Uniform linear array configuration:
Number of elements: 16
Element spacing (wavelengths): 0.75
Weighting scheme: hann
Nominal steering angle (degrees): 30
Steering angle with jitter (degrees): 31.706
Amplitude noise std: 0.05
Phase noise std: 0.05

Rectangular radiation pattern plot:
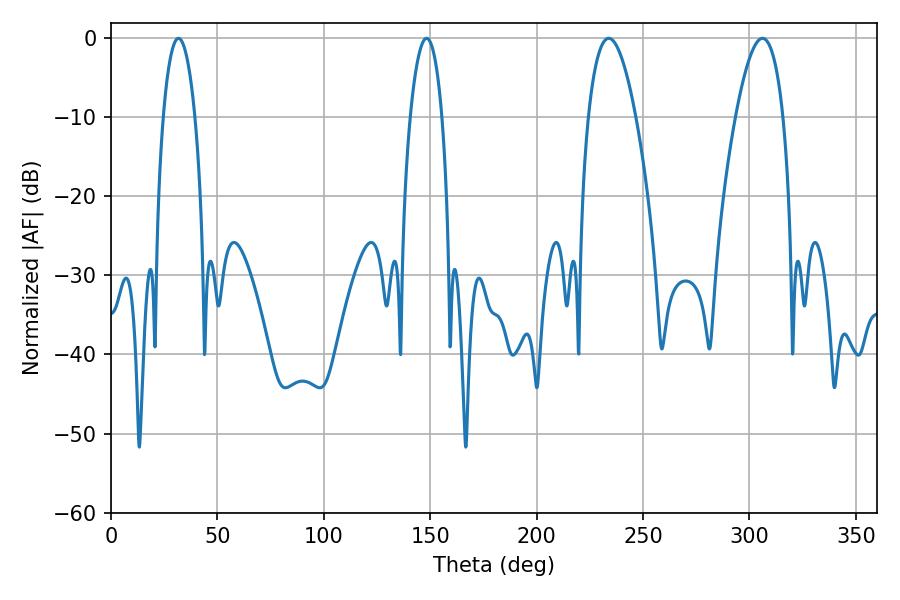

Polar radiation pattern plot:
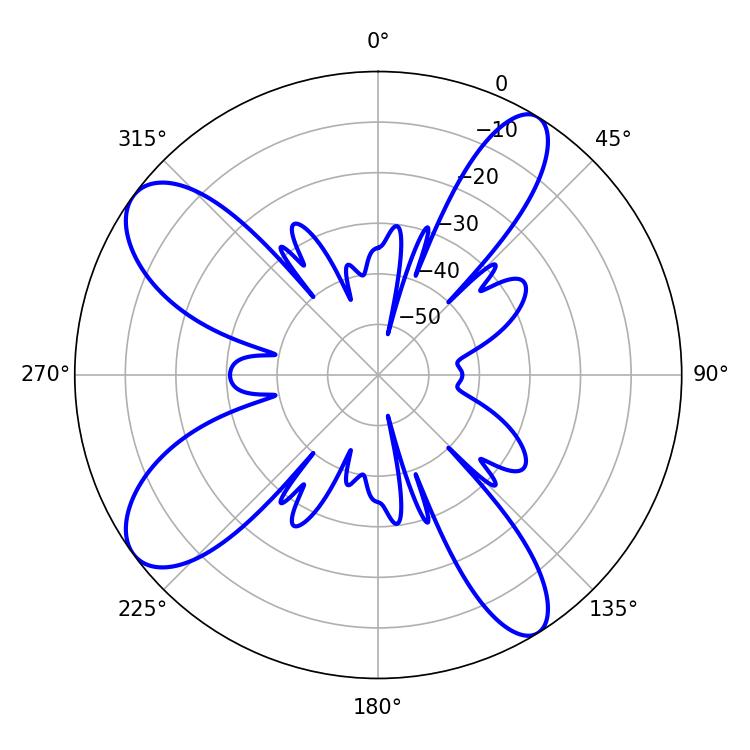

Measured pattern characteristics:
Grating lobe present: TRUE
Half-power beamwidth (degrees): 8.46
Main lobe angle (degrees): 31.68